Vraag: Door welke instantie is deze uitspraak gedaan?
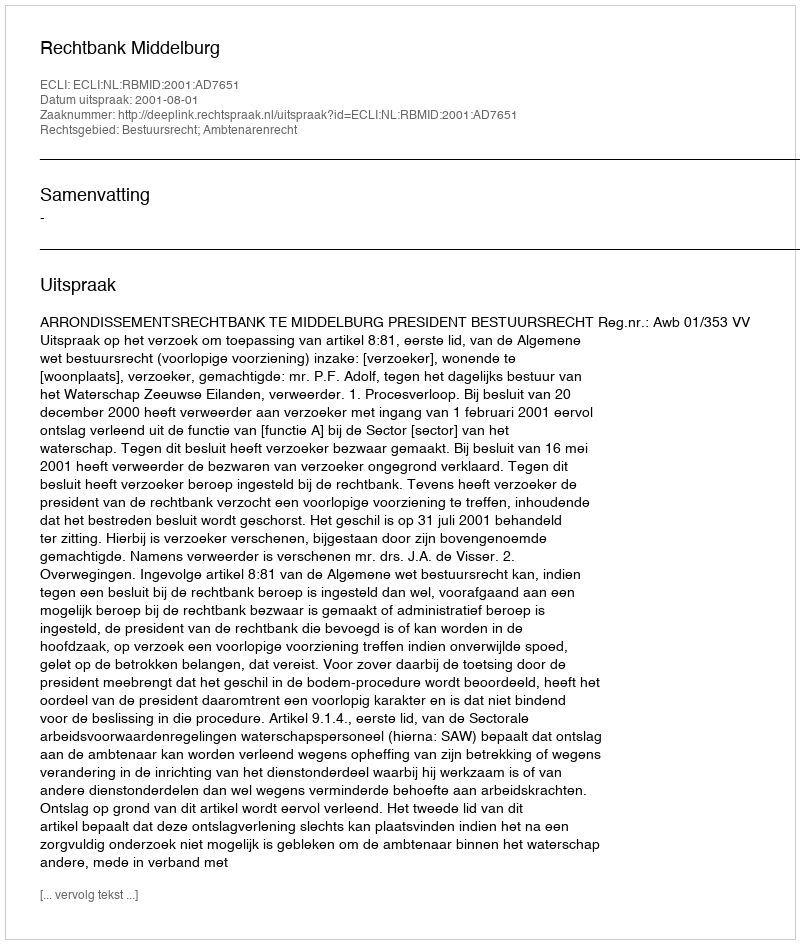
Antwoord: Rechtbank Middelburg